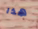
هذا